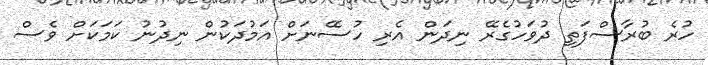
ހުރެ ބުރާސްފަތި ދުވަހުގެރޭ ނިދަން އެރި ހުސޭނަށް އަމުދަކުން ނިދުނު ކަމަކަށް ވެސް